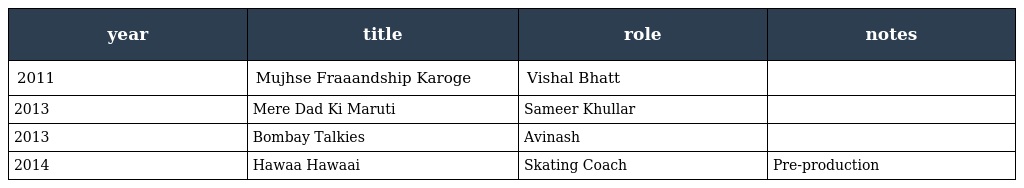
| year | title | role | notes |
 | --- | --- | --- | --- |
 | 2011 | Mujhse Fraaandship Karoge | Vishal Bhatt |  |
 | 2013 | Mere Dad Ki Maruti | Sameer Khullar |  |
 | 2013 | Bombay Talkies | Avinash |  |
 | 2014 | Hawaa Hawaai | Skating Coach | Pre-production |